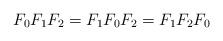
LaTeX: \begin{align*}F_0 F_1 F_2 = F_1 F_0 F_2 = F_1 F_2 F_0\end{align*}